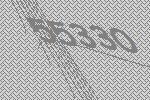
55330